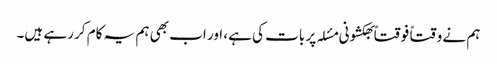
ہم نے وقتاً فوقتاً بھکشونی مسٔلہ پر بات کی ہے، اور اب بھی ہم یہ کام کر رہے ہیں۔